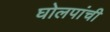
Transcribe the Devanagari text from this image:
घोलपांची